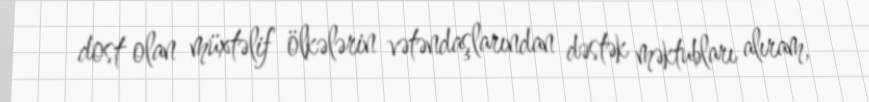
dost olan müxtəlif ölkələrin vətəndaşlarından dəstək məktubları alıram,